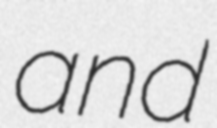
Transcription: and